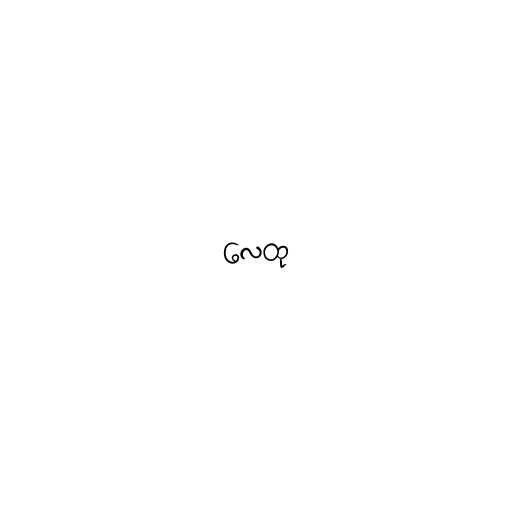
လေထု